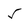
Character: 5